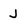
Character: J